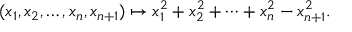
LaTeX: ( x _ { 1 } , x _ { 2 } , \ldots , x _ { n } , x _ { n + 1 } ) \mapsto x _ { 1 } ^ { 2 } + x _ { 2 } ^ { 2 } + \cdots + x _ { n } ^ { 2 } - x _ { n + 1 } ^ { 2 } .